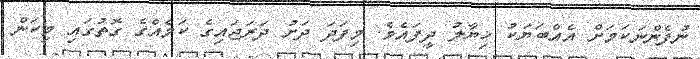
ނުފެންނަކަމަށް އެއްބަޔަކު ޚިޔާލު ދީފައެވެ. މިފަދަ ދަށު ދަރަޖައިގެ ކަމެއްގެ ގޮތުގައި މިކަން